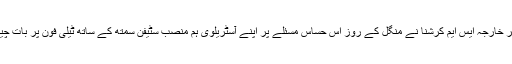
بھارتی وزیر خارجہ ایس ایم کرشنا نے منگل کے روز اس حساس مسئلے پر اپنے آسٹریلوی ہم منصب سٹیفن سمتھ کے ساتھ ٹیلی فون پر بات چیت بھی کی۔